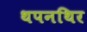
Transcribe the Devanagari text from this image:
थपनथिर